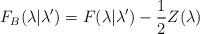
LaTeX: \begin{align*} F_B(\lambda|\lambda') = F(\lambda|\lambda') -\frac{1}{2}Z(\lambda)\end{align*}